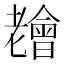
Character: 𦓊